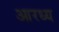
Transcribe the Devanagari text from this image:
आरध्य